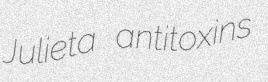
Julieta antitoxins